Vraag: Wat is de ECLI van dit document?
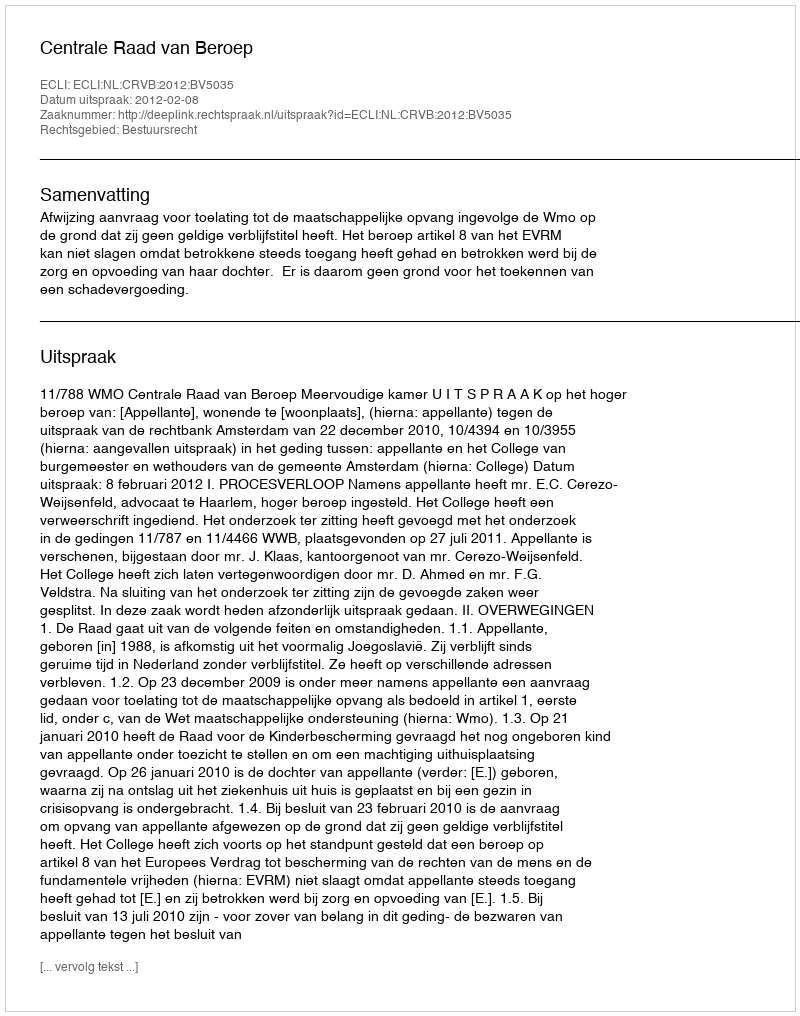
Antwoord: ECLI:NL:CRVB:2012:BV5035